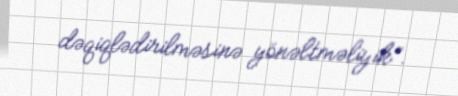
dəqiqlədirilməsinə yönəltməliyik”.